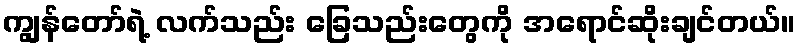
ကျွန်တော်ရဲ့ လက်သည်း ခြေသည်းတွေကို အရောင်ဆိုးချင်တယ်။